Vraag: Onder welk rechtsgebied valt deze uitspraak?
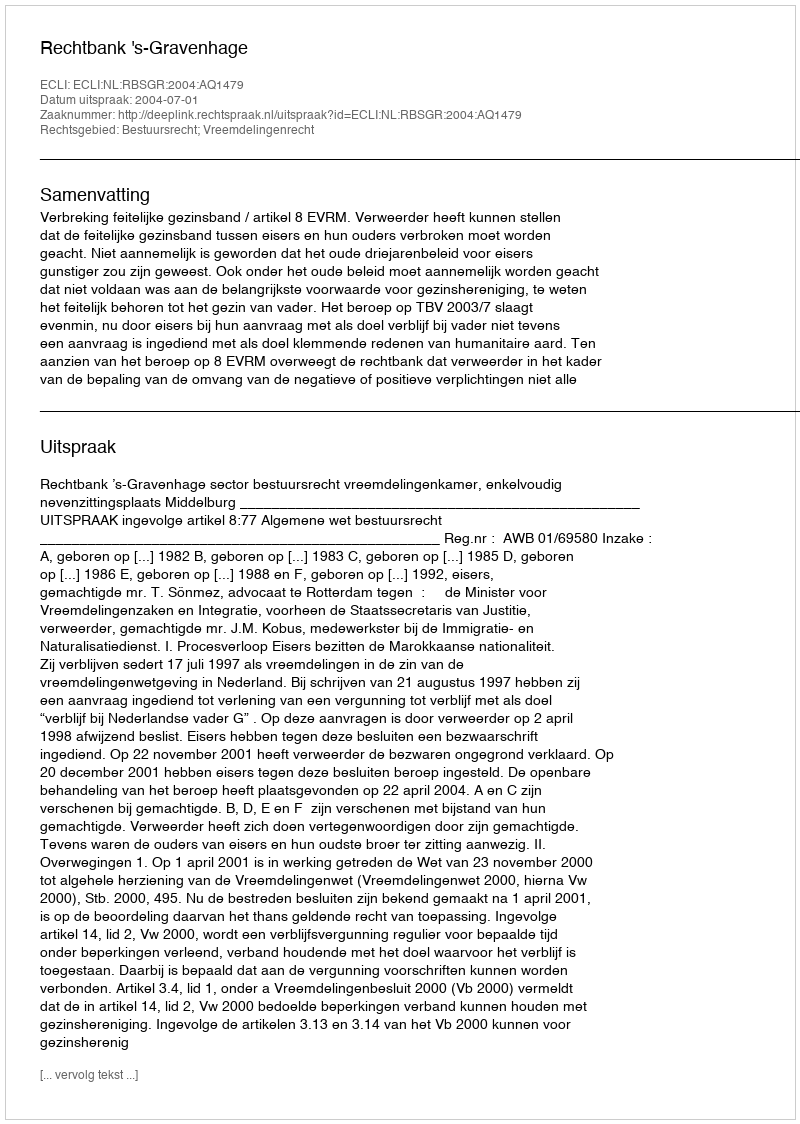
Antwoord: Bestuursrecht; Vreemdelingenrecht